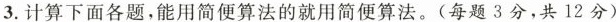
3.计算下面各题，能用简便算法的就用简便算法。(每题3分，共12分)